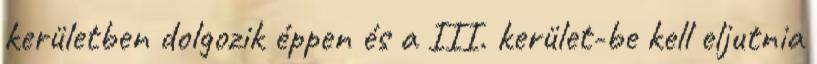
kerületben dolgozik éppen és a III. kerület-be kell eljutnia